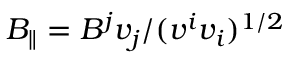
B _ { \parallel } = B ^ { j } v _ { j } / ( v ^ { i } v _ { i } ) ^ { 1 / 2 }